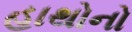
હાથોનો